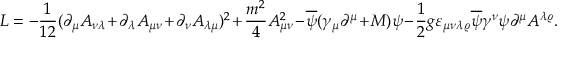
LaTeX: { \cal L } = - \frac { 1 } { 1 2 } ( \partial _ { \mu } A _ { \nu \lambda } + \partial _ { \lambda } A _ { \mu \nu } + \partial _ { \nu } A _ { \lambda \mu } ) ^ { 2 } + \frac { m ^ { 2 } } { 4 } A _ { \mu \nu } ^ { 2 } - \overline { { { \psi } } } ( \gamma _ { \mu } \partial ^ { \mu } + M ) \psi - \frac { 1 } { 2 } g \varepsilon _ { \mu \nu \lambda \varrho } \overline { { { \psi } } } \gamma ^ { \nu } \psi \partial ^ { \mu } A ^ { \lambda \varrho } .